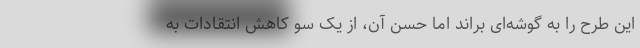
این طرح را به گوشه‌ای براند اما حسن آن، از یک ‌سو کاهش انتقادات به